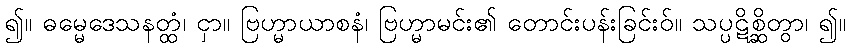
၍။ ဓမ္မေဒေသနတ္ထံ၊ ငှာ။ ဗြဟ္မာယာစနံ၊ ဗြဟ္မာမင်း၏ တောင်းပန်းခြင်းဝ်။ သပ္ပဋိစ္ဆိတွာ၊ ၍။